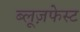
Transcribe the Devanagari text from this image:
ब्लूज़फेस्ट